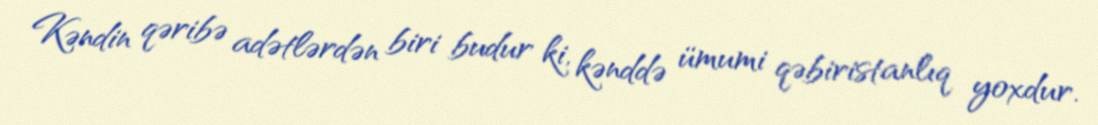
Kəndin qəribə adətlərdən biri budur ki, kənddə ümumi qəbiristanlıq yoxdur.